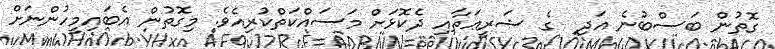
ގޮތުން ބަސްބުނެ އަދި  ގެ ޝަރީޢަތާއި ދެކޮޅަށް މަސައްކަތްކުރިއެވެ. މިގޮތުން އެބައިމީހުންނަށް